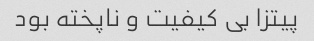
پیتزا بی کیفیت و ناپخته بود